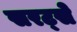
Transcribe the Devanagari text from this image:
सरट्से